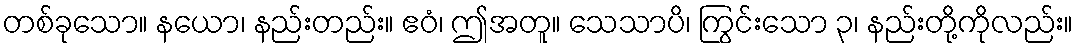
တစ်ခုသော။ နယော၊ နည်းတည်း။ ဧဝံ၊ ဤအတူ။ သေသာပိ၊ ကြွင်းသော ၃၊ နည်းတို့ကိုလည်း။